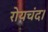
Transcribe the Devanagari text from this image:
रोयचंद।